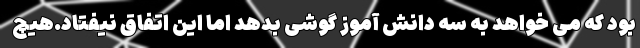
بود که می خواهد به سه دانش آموز گوشی بدهد اما این اتفاق نیفتاد.هیچ